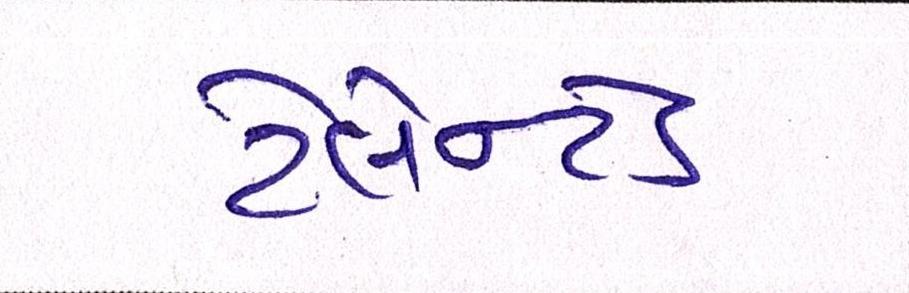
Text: ટેલેન્ટેડ